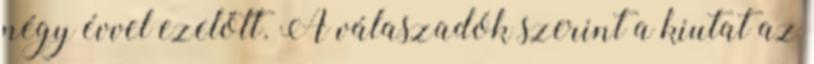
négy évvel ezelőtt. A válaszadók szerint a kiutat az